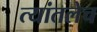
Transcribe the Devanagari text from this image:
त्यांतलेच